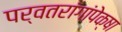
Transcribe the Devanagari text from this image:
पर्वतरांगांपेक्षा